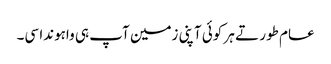
عام طور تے ہر کوئی آپنی زمین آپ ہی واہوندا سی۔